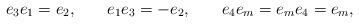
LaTeX: \begin{align*}e_3e_1=e_2,\hspace{0.3in}e_1e_3=-e_2,\hspace{0.3in}e_4e_m=e_me_4=e_m,\end{align*}